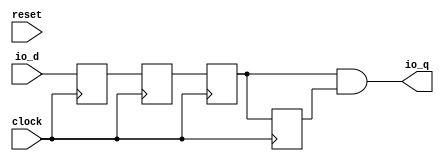
module sirv_DeglitchShiftRegister(
  input   clock,
  input   reset,
  input   io_d,
  output  io_q
);
  reg  T_8;
  reg [31:0] GEN_0;
  reg  T_9;
  reg [31:0] GEN_1;
  reg  sync;
  reg [31:0] GEN_2;
  reg  last;
  reg [31:0] GEN_3;
  wire  T_12;
  assign io_q = T_12;
  assign T_12 = sync & last;
  always @(posedge clock) begin
    T_8 <= io_d;
    T_9 <= T_8;
    sync <= T_9;
    last <= sync;
  end
endmodule